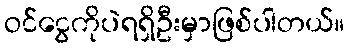
ဝင်ငွေကိုပဲရရှိဦးမှာဖြစ်ပါတယ်။